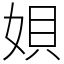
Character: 㛝